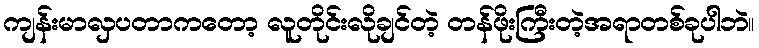
ကျန်းမာလှပတာကတော့ လူတိုင်းလိုချင်တဲ့ တန်ဖိုးကြီးတဲ့အရာတစ်ခုပါဘဲ။